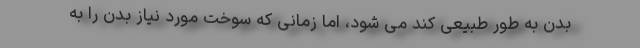
بدن به طور طبیعی کند می شود، اما زمانی که سوخت مورد نیاز بدن را به